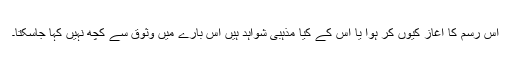
اس رسم کا اغاز کیوں کر ہوا یا اس کے کیا مذہبی شواہد ہیں اس بارے میں وثوق سے کچھ نہیں کہا جاسکتا۔